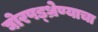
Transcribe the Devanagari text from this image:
घोरपड्ध्रेण्याचा